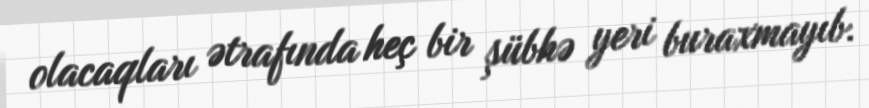
olacaqları ətrafında heç bir şübhə yeri buraxmayıb.